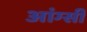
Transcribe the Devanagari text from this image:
आंग्सी